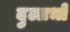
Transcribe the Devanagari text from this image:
दुल्लभो